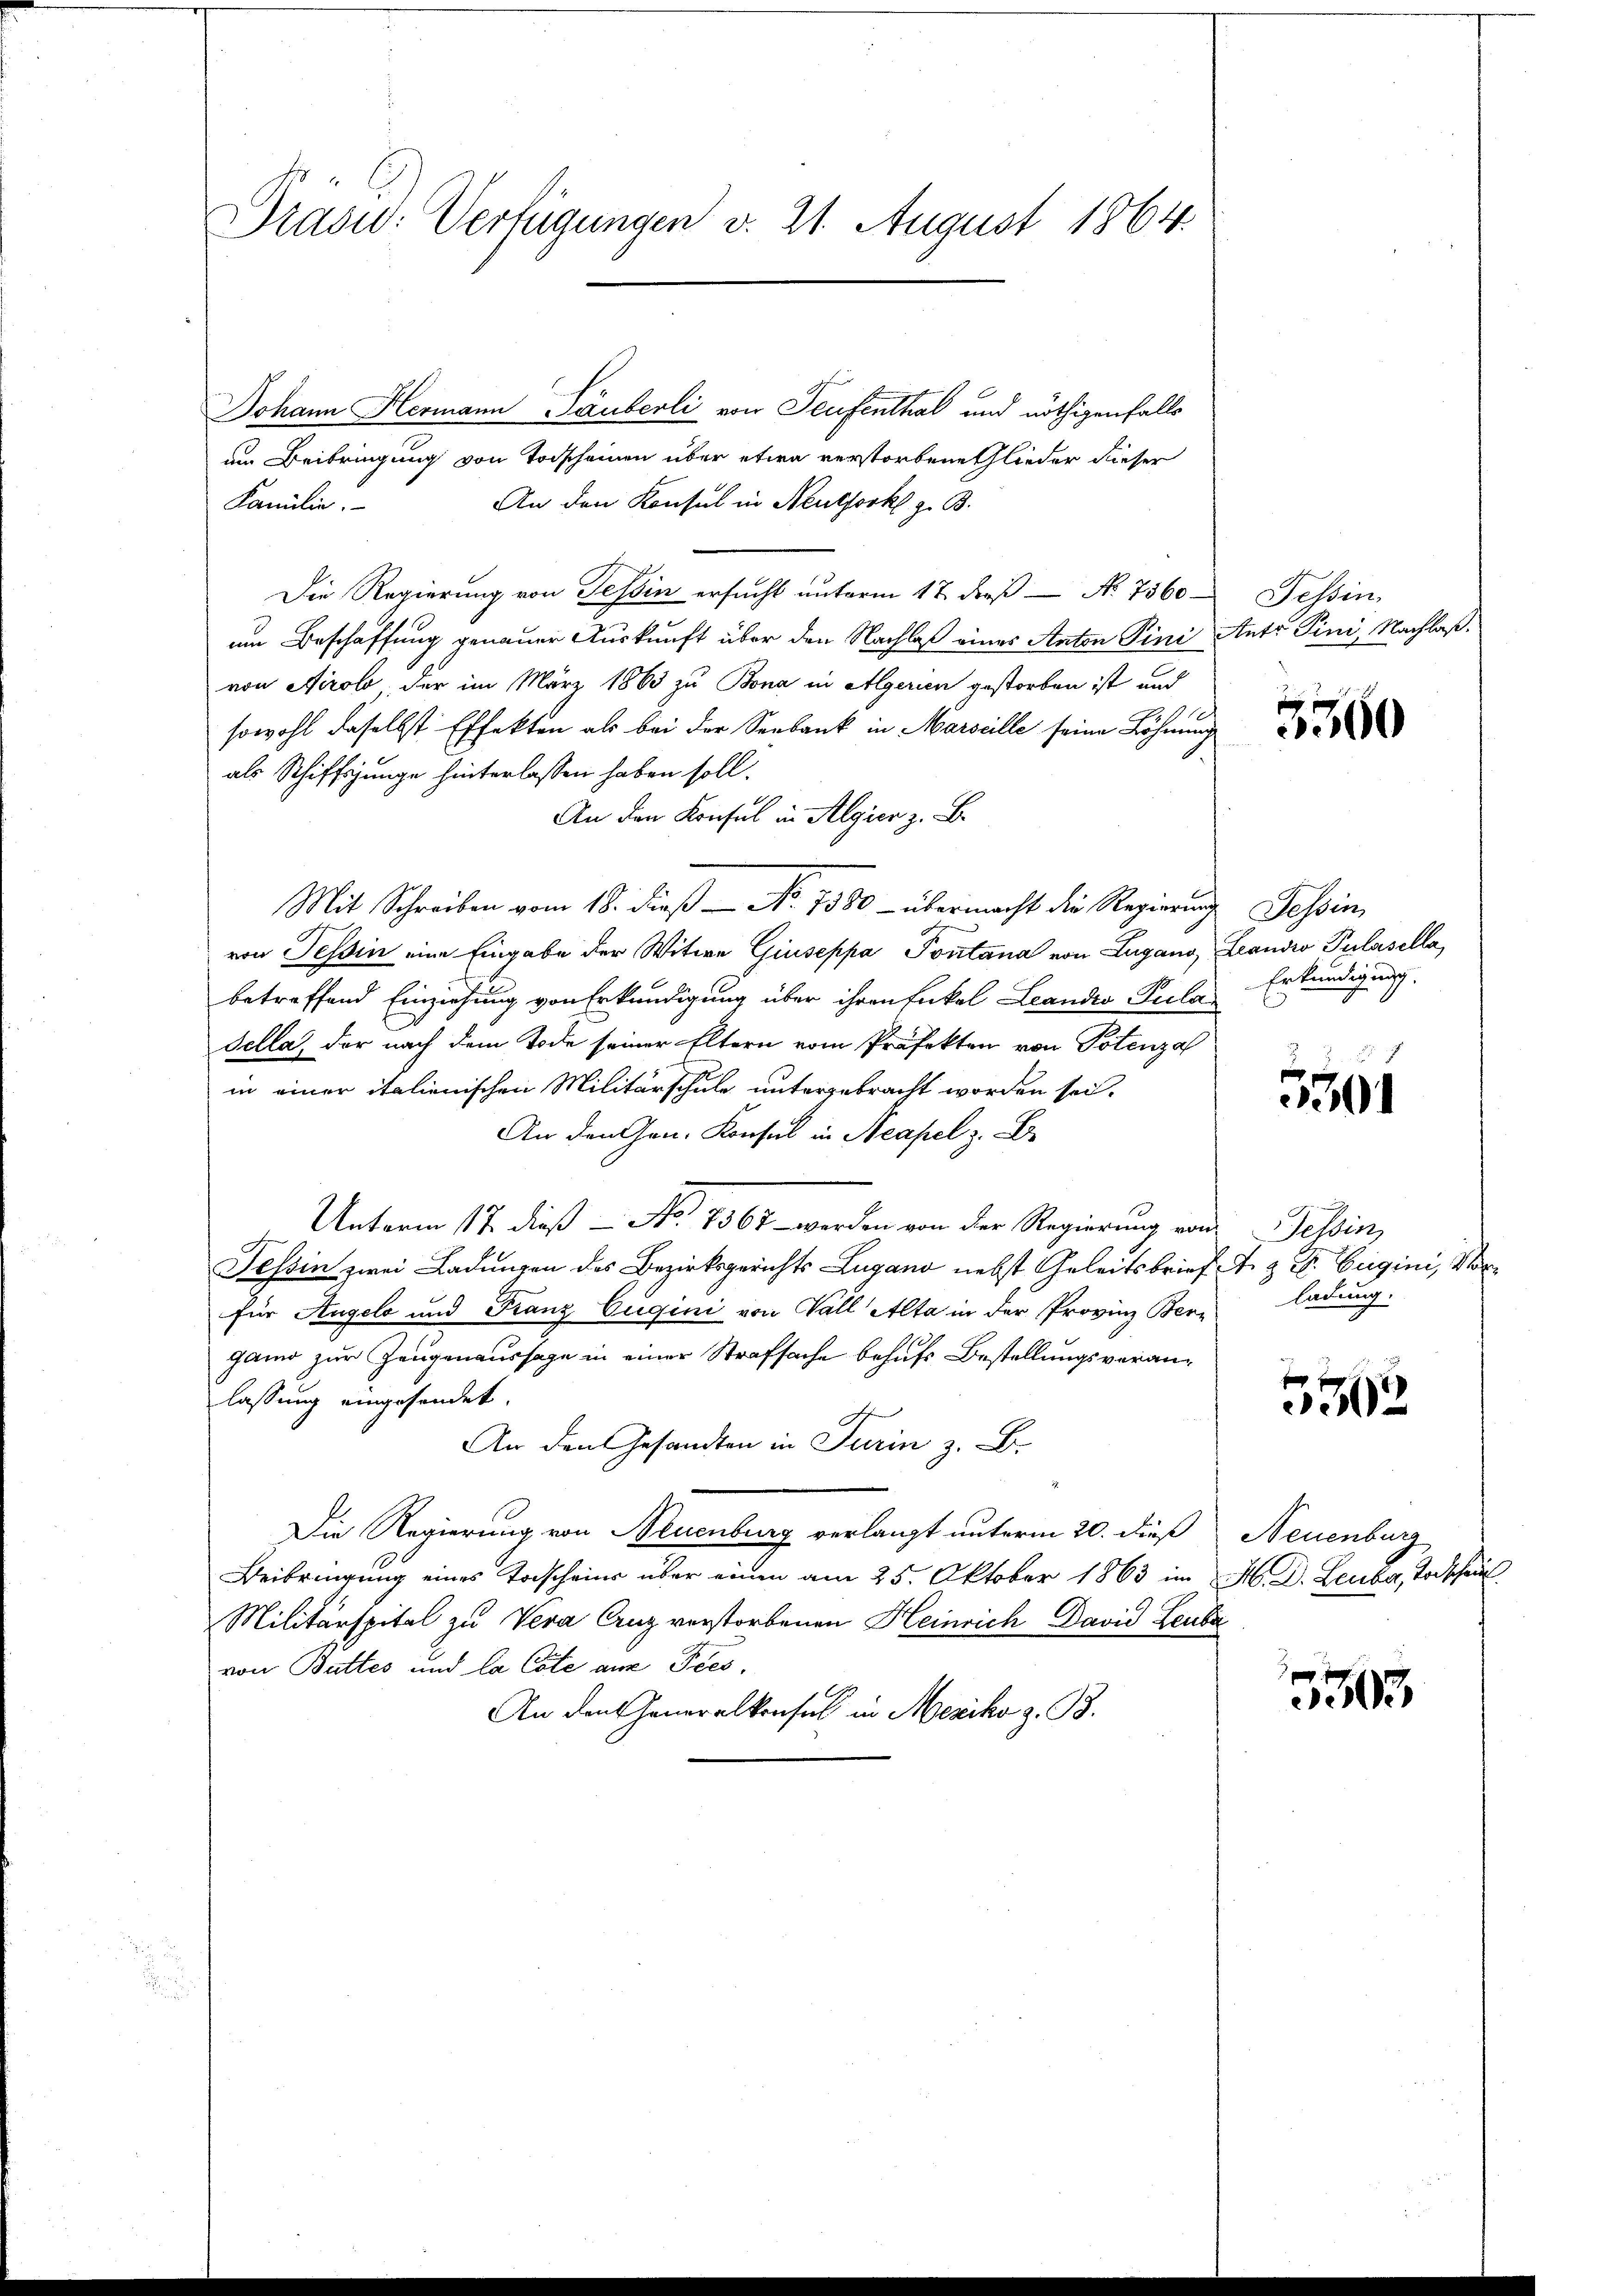
Drad: Verfügungen v. 21. August 1864.

Johann Hermann Täuberli von Teufenthal und nöthigenfalls
am Beibringung von Todscheinen über etwa verstorbene Glieder dieser
An den Konsul in Neuthork z. B.
Familie.
Die Regierung von Tessin ersucht unterm 17. dieß – No 7560
um Beschaffung genauer Auskunft über den Nachlaß eines Anton Pini Antr Pini, Nachlaßvon Airolo der im März 1863 zu Bona in Algerien gestorben ist und
sowohl daselbst Effekten als bei der Seebank in Marseille seine Löhnung
als Schiffsjunge hinterlassen haben soll.
An den Konsul in Algier z. B.
Mit Schreiben vom 18. dieß - No 1380 - übermacht die Regierung Tessin
von Tessin eine Eingabe der Witwe Giuseppa Pontana von Lugano,
betreffend Einziehung von Erkundigung über ihren Enkel Leandes Pulan
Sella, der nach dem Tode seiner Eltern vom Präfekten von Totenzah
in einer italienischen Militärschule untergebracht worden sei.
An den Gen. Konsul in Neapel z. B.
Unterm 17. dieß - No. 1567 - werden von der Regierung von
Tessin zwei Ladungen des Bezirksgerichts Lugano nebst Geleitsbrief
für Angelo und Franz Eugini von Wall Alta in der Provinz Bergano zur Zeugenaussage in einer Strafsache behufs Bestellungsveranlassung eingesendet.
.
An den Gesandten in Turin z. B.
Die Regierung von Neuenburg verlangt unterm 20. dieß
Beibringung eines Todscheins über einen am 25. Oktober 1863 im
Militärspital zu Vera Crug verstorbenen Heinrich David Leubi
von Buttes und la Cole aus Pees,
An den Generalkonsul in Mesiko z. B.

Tessin

3360

Leandio Pulasella,
Erkundigung.

5501

Tessin,
A. H. E. Eugini, V
ladung.

x
0

Neuenburg
M. D. Leuber, Todschaus

xx
3